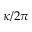
\kappa / 2 \pi